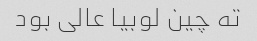
ته چین لوبیا عالی بود